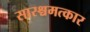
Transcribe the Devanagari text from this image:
सारश्चमत्कार